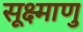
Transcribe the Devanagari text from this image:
सूक्ष्माणु